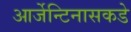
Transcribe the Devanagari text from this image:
आर्जेन्टिनासकडे